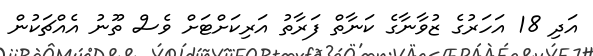
އަދި 18 އަހަރުގެ ޒުވާނާގެ ކަނާތް ފަރާތު އަރިކަށްޓަށް ވެސް ތޫނު އެއްޗަކުން